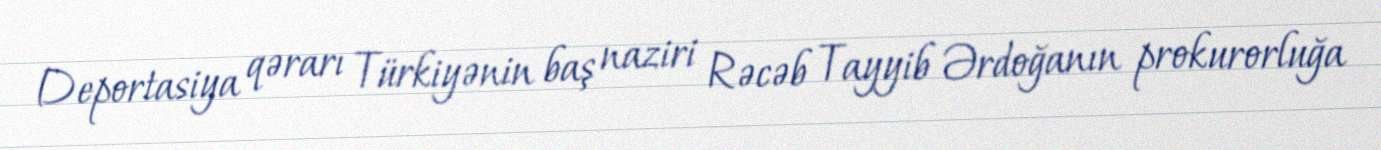
Deportasiya qərarı Türkiyənin baş naziri Rəcəb Tayyib Ərdoğanın prokurorluğa